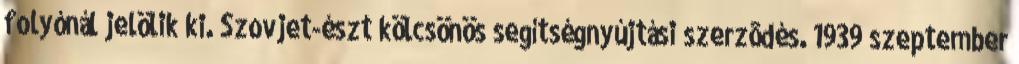
folyónál jelölik ki. Szovjet-észt kölcsönös segítségnyújtási szerzõdés. 1939 szeptember